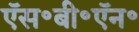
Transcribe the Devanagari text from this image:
ऍस॰बी॰ऍन॰